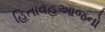
હિતાવહઆજનો